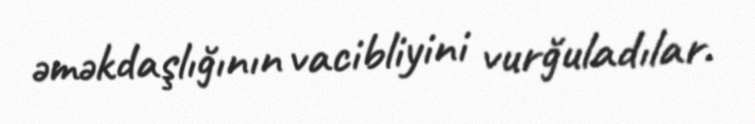
əməkdaşlığının vacibliyini vurğuladılar.